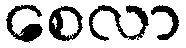
စေလာ